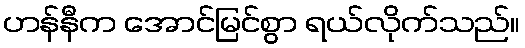
ဟန်နီက အောင်မြင်စွာ ရယ်လိုက်သည်။